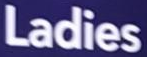
Ladies